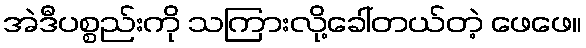
အဲဒီပစ္စည်းကို သကြားလို့ခေါ်တယ်တဲ့ ဖေဖေ။